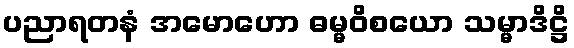
ပညာရတနံ အမောဟော ဓမ္မဝိစယော သမ္မာဒိဋ္ဌိ